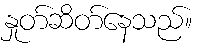
နှုတ်ဆိတ်နေသည်။